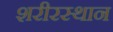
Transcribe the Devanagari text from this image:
शरीरस्थान